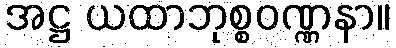
အဋ္ဌ ယထာဘုစ္စဝဏ္ဏနာ။